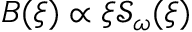
B ( \xi ) \propto \xi \mathcal { S } _ { \omega } ( \xi )